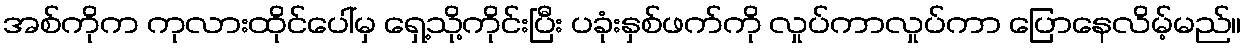
အစ်ကိုက ကုလားထိုင်ပေါ်မှ ရှေ့သို့ကိုင်းပြီး ပခုံးနှစ်ဖက်ကို လှုပ်ကာလှုပ်ကာ ပြောနေလိမ့်မည်။